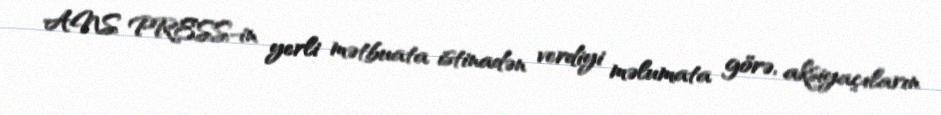
ANS PRESS-in yerli mətbuata istinadən verdiyi məlumata görə, aksiyaçıların